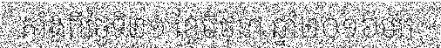
តាំងពីថ្ងៃទី២១ ខែមិថុនា ឆ្នាំ២០១៦មក